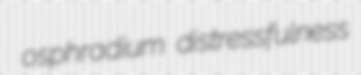
osphradium distressfulness